system: You are a helpful assistant.
user:
Analyze the provided spectrum to determine if it is a **M-type Giant (gM)**.

A M-type Giant spectrum is defined by its **strong molecular absorption** features, particularly from **Titanium Oxide (TiO)**. You must check for one of the following mutually exclusive signatures:

- **Key Visual Indicators (Absorption-Dominated Spectrum):**

    - **(Primary):** The spectrum is dominated by strong molecular absorption from **Titanium Oxide (TiO)**. This is the **defining feature** of its M-type temperature class.
        - **(Key Bandheads):** Look for sharp, "saw-tooth" absorption valleys. The strongest are located near **~7050 Å**, **~6160 Å**, and **~5170 Å**.
        - **(Line Profile):** The "saw-tooth" morphology is critical: a **sharp, steep drop on the BLUE (short-wavelength) side** of the bandhead, followed by a gradual recovery (rising flux) towards the RED (long-wavelength) side.

    - **(Key Confirmation - Giant vs. Dwarf):** **ABSENCE** of strong **Calcium Hydride (CaH)** molecular bands. This is the primary diagnostic for *excluding* M-dwarfs.
        - **(Key Region):** The spectrum should lack the strong, broad absorption band seen in dwarfs between **~6800 Å and ~7000 Å**.

    - **(Secondary Confirmation - Giant):** A very strong and broad **Neutral Calcium (Ca I)** atomic absorption line.
        - **(Key Line):** Located at **~4226 Å**. In a giant (gM), this line is significantly deeper and broader than the same line in an M-dwarf (dM) due to low surface gravity.

    - **(Overall Spectrum):**
        - The continuum is **extremely red-sloping** (i.e., flux is very low in the blue and rises dramatically towards the red).
        - The entire spectrum appears "chopped up" by the deep TiO bands.

Think first, call **spectral_visualization_tool** if needed to examine features in detail, then provide your final answer. Your response must adhere to the following strict rules:
1.  **Overall Structure:** Your response must follow the format `<think>...</think> <tool_call>...</tool_call> (if a tool is used) <answer>...</answer>`.
2.  **Tool Usage Constraint:** You may only make **one** tool call per turn.
3.  **Final Answer Format:** In the `<answer>` tag, your conclusion must be inside a `\boxed{}` command (e.g., `\boxed{YES}` or `\boxed{NO}`), followed by your justification.

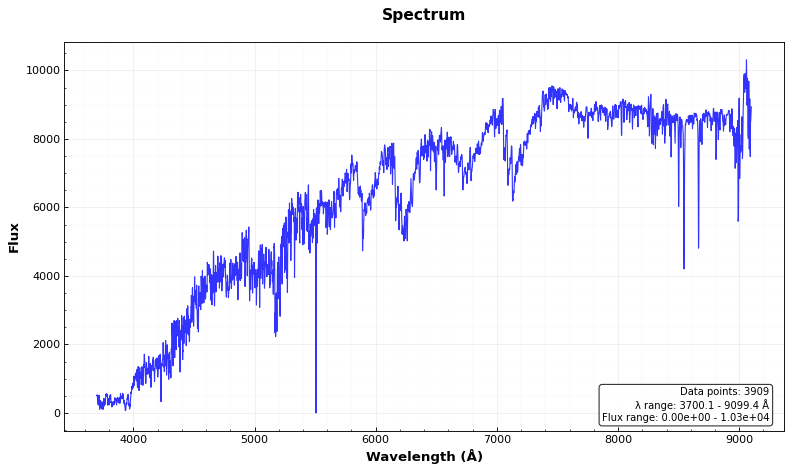
Answer: YES